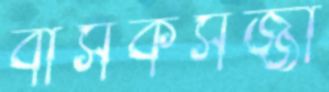
বাসকসজ্জা